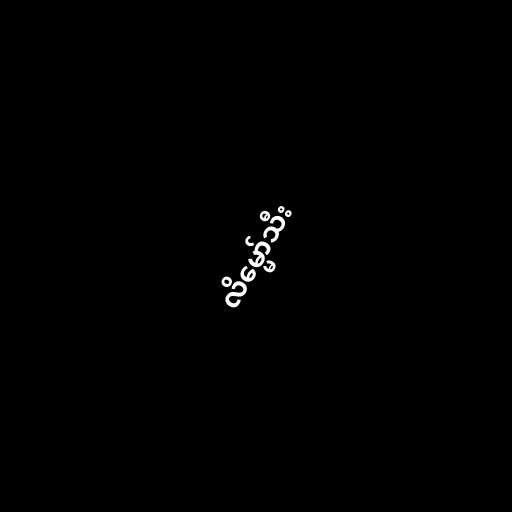
လိမ္မော်သီး